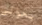
بحوالي